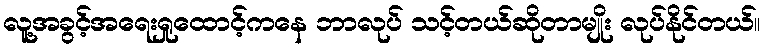
လူ့အခွင့်အရေးရှုထောင့်ကနေ ဘာလုပ် သင့်တယ်ဆိုတာမျိုး လုပ်နိုင်တယ်။